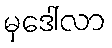
မှဒေါ်လာ